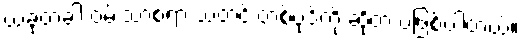
ယခုတခါ ဝမ်းသာစရာ သတင်းတစ်ပုဒ်ကို ဆိုတဲ့ ပဲဖြစ်ပါတယ်။